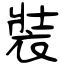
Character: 裝